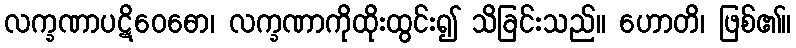
လက္ခဏာပဋိဝေဓော၊ လက္ခဏာကိုထိုးထွင်း၍ သိခြင်းသည်။ ဟောတိ၊ ဖြစ်၏။